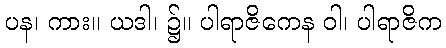
ပန၊ ကား။ ယဒါ၊ ၌။ ပါရာဇိကေန ဝါ၊ ပါရာဇိက